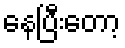
နေပြီးတော့